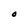
Character: O